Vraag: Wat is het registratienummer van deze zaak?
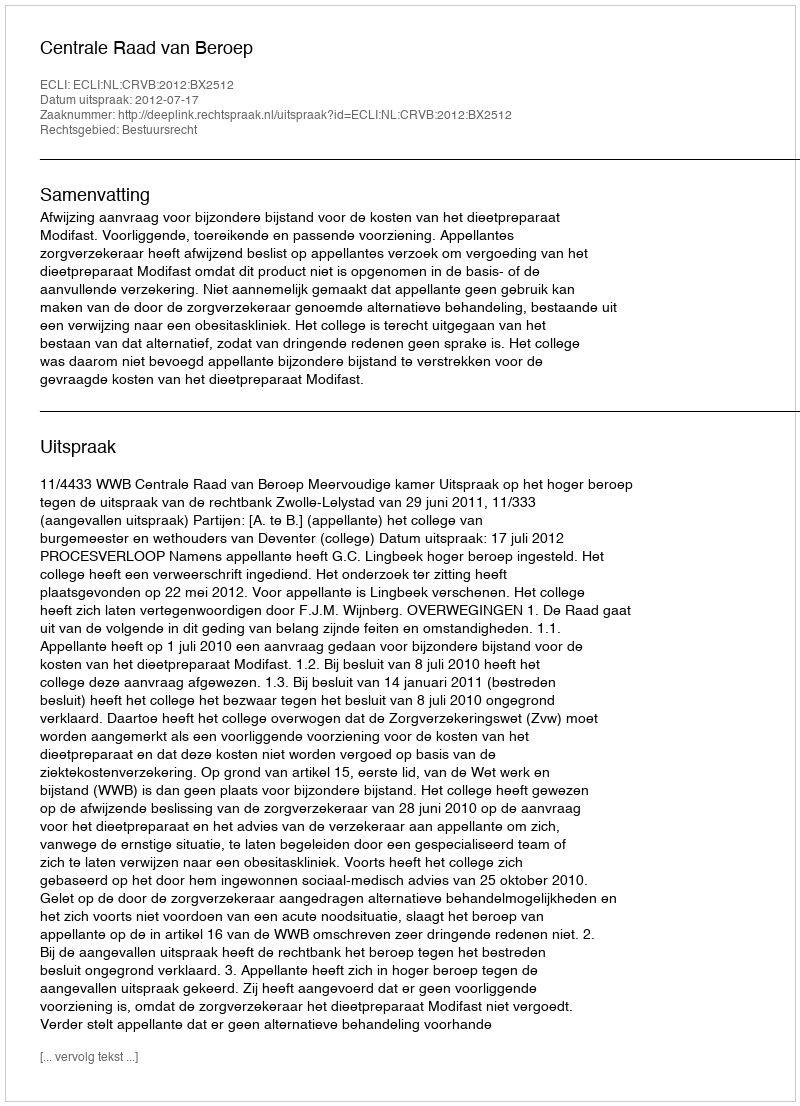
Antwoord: http://deeplink.rechtspraak.nl/uitspraak?id=ECLI:NL:CRVB:2012:BX2512